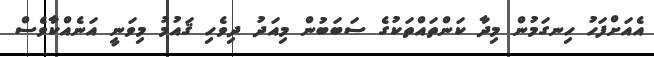
އެއަށްފަހު ހިނގަމުން މިދާ ކަންތައްތަކުގެ ސަބަބުން މިއަދު ދިވެހި ޤައުމު މިވަނީ އަނެއްކާވެސް